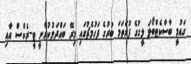
ގައުމީ ބާސްކެޓްބޯޅަ ލީގުގެ ފުރަތަމަ ބުރުގެ ފަހުމެޗުގައި މިރޭ ބައްދަލުކުރާނީ ޓީ-ރެކްސް އާއި